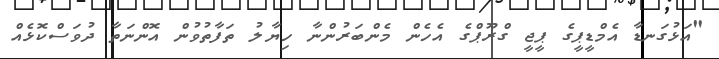
"އަޅުގަނޑާ އެމްޑީޕީގެ ޕީޖީ ގްރޫޕްގެ އެހެން މެންބަރުންނާ ހިޔާލު ތަފާތުވުން އޮންނަތާ ދުވަސްކޮޅެއް